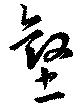
壑